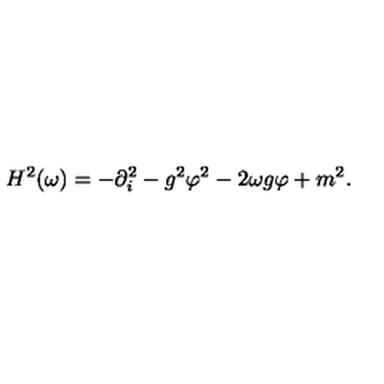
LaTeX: H ^ { 2 } ( \omega ) = - \partial _ { i } ^ { 2 } - g ^ { 2 } \varphi ^ { 2 } - 2 \omega g \varphi + m ^ { 2 } .